Scottish Leaving Certificate Examination, 1953
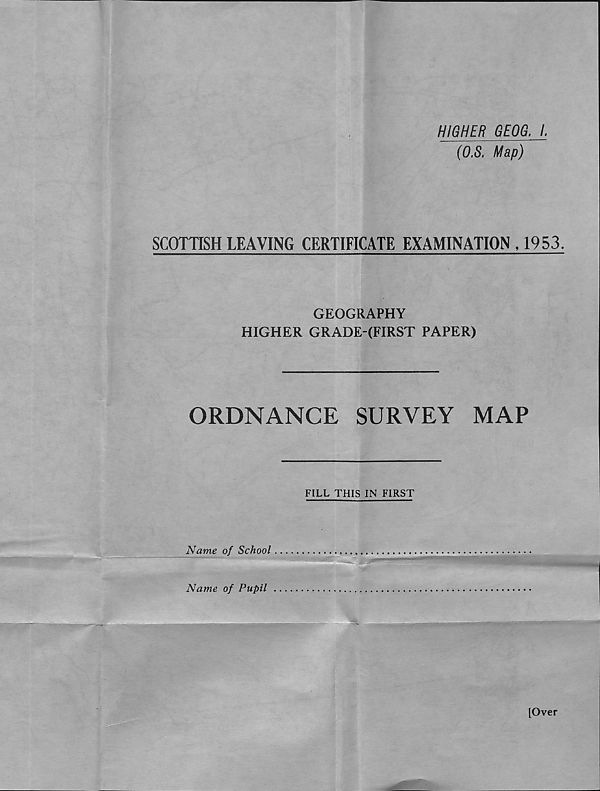
HIGHER GEOS. I.
(O.S. Map)
SCOTTISH LEAVING CERTIFICATE EXAMINATION , 1953.
GEOGRAPHY
HIGHER GRADE (FIRST PAPER)
ORDNANCE
SURVEY
MAP
FILL THIS IN FIRST
Name of School
Name of Pupil
[Over